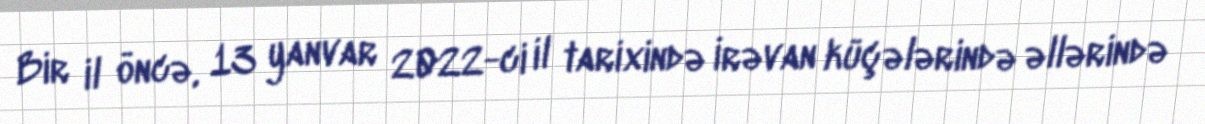
Bir il öncə, 13 yanvar 2022-ci il tarixində İrəvan küçələrində əllərində